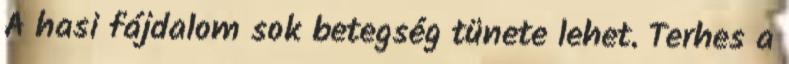
A hasi fájdalom sok betegség tünete lehet. Terhes a